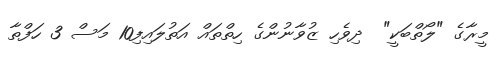
މީރާގެ "ލޯތްބަކީ"  ދިވެހި ޒުވާނުންގެ ހިތްތައް އަތުލައިފި10 މަސް 3 ހަފްތާ